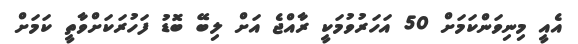
އެއީ މިނިވަންކަމަށް 50 އަހަރުވުމަކީ ރާއްޖެ އަށް ލިބޭ ބޮޑު ފަހުރަކަށްވާތީ ކަމަށް